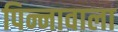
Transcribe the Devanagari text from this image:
पिन्नावाला